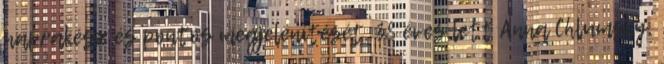
naprakész és pontos megjelenítését. 38 éves lett Anna Chlumsky,